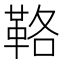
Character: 𩊚